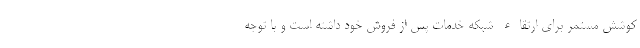
کوشش مستمر برای ارتقاء شبکه خدمات پس از فروش خود داشته است و با توجه